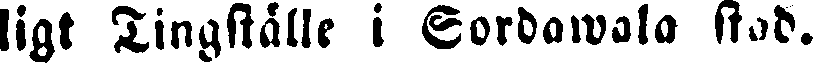
ligt Tingställe i Sordawala stad.